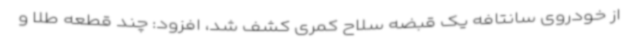
از خودروی سانتافه یک قبضه سلاح کمری کشف شد، افزود: چند قطعه طلا و